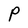
Character: P